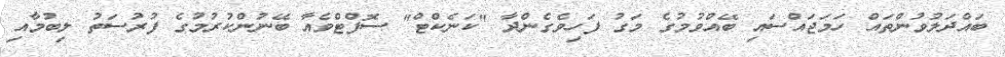
ބައްދަލުވުންތައް ހަމަޖައްސައި ބޭއްވުމުގެ މަގު ފަހިވެގެންދާ "ކަނެކްޓް" ސޮފްޓްވެއާ ބޭނުންކުރުމުގެ ފުރުސަތު ލިބުމާއި